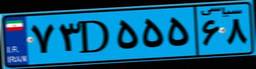
۷۳D۵۵۵۶۸